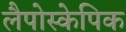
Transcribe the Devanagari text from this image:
लैपोस्केपिक